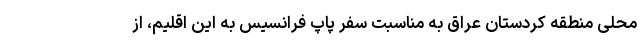
محلی منطقه کردستان عراق به مناسبت سفر پاپ فرانسیس به این اقلیم، از